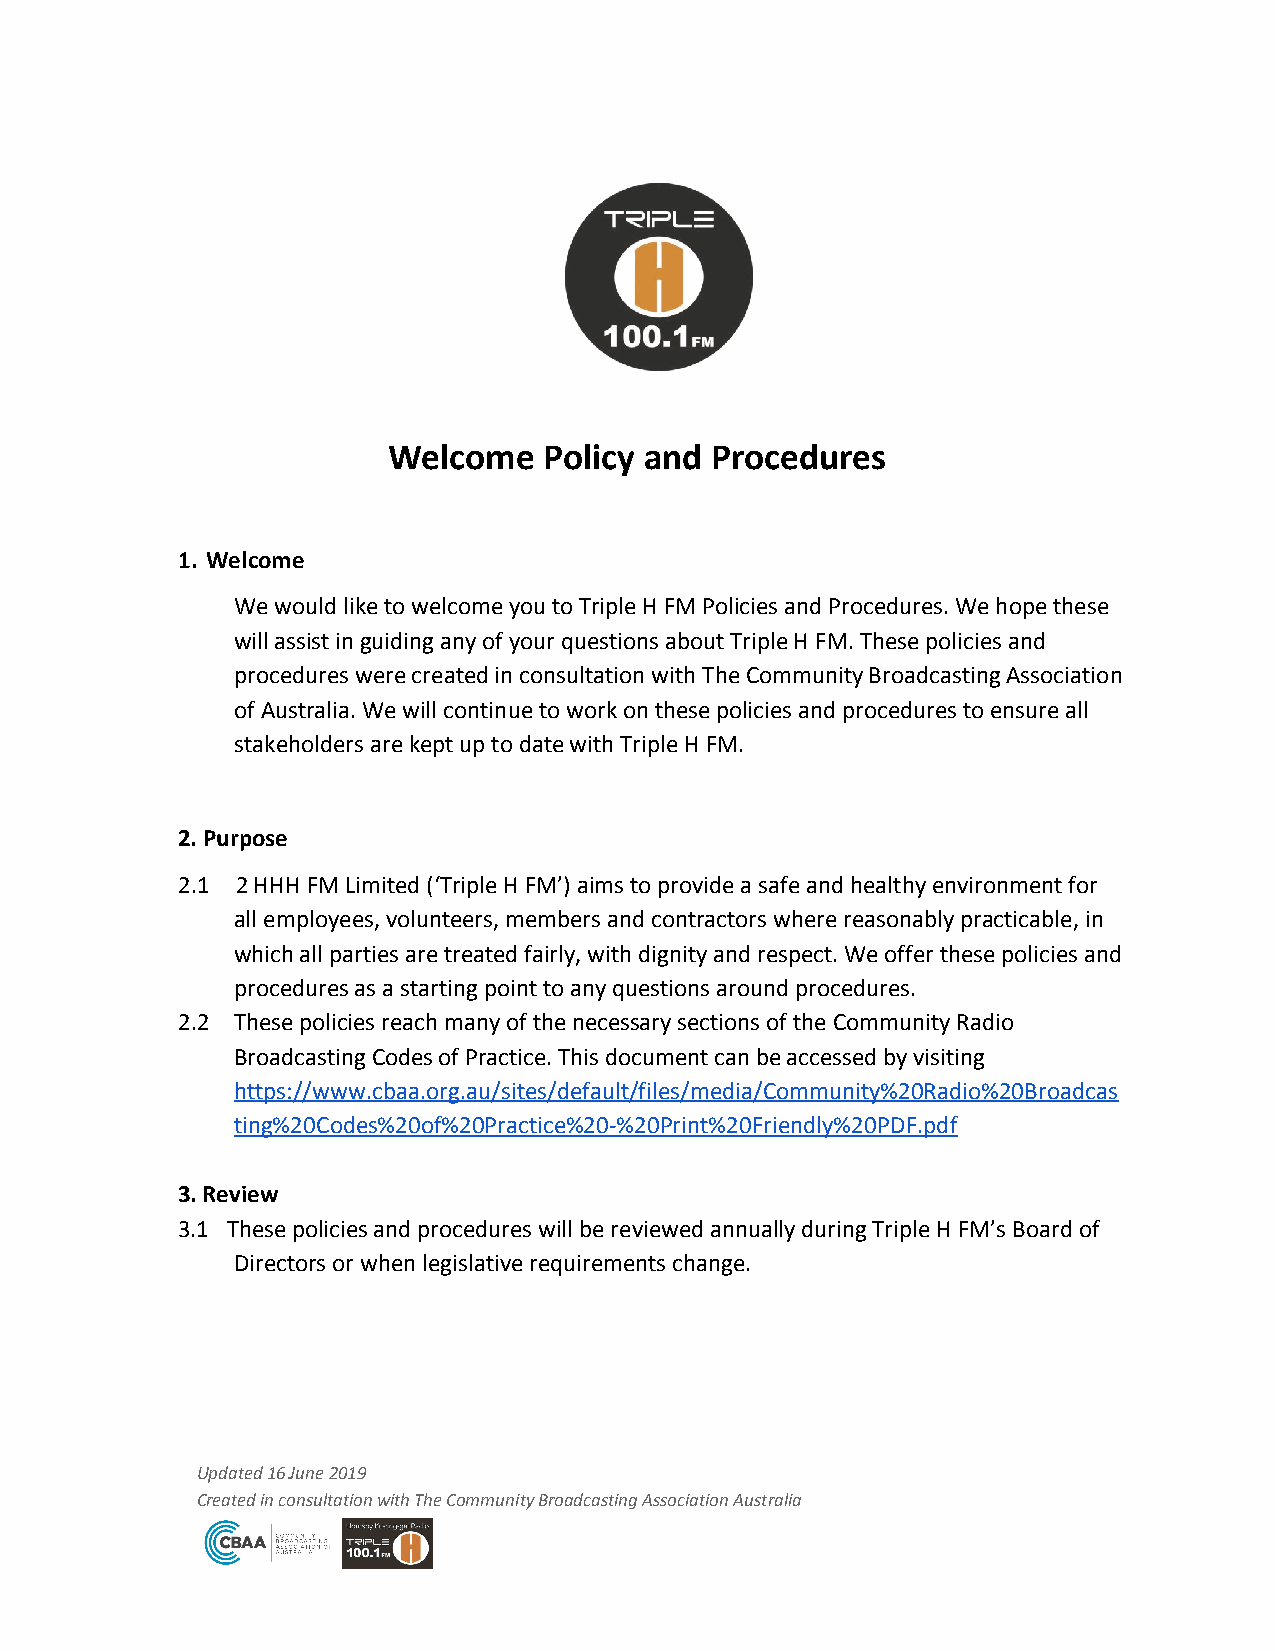
Welcome   Policy and Procedures
 1. Welcome
 We would like to welcome you to Triple H FM Policies and Procedures. We hope these
 will assist in guiding any of your questions about Triple H FM. These policies and
 procedures were created in consultation with The Community Broadcasting Association
 of Australia. We will continue to work on these policies and procedures to ensure all
 stakeholders are kept up to date with Triple H FM.
 2. Purpose
 2.1 2 HHH FM Limited (‘Triple H FM’) aims to provide a safe and healthy environment for
 ​ ​
 all employees, volunteers, members and contractors where reasonably practicable, in
 which all parties are treated fairly, with dignity and respect. We offer these policies and
 procedures as a starting point to any questions around procedures.
 2.2 These policies reach many of the necessary sections of the Community Radio
 Broadcasting Codes of Practice. This document can be accessed by visiting
 https://www.cbaa.org.au/sites/default/files/media/Community%20Radio%20Broadcas
 ting%20Codes%20of%20Practice%20-%20Print%20Friendly%20PDF.pdf
 3. Review
 3.1 These policies and procedures will be reviewed annually during Triple H FM’s Board of
 Directors or when legislative requirements change.
 Updated 16 June 2019
 Created in consultation with The Community Broadcasting Association Australia